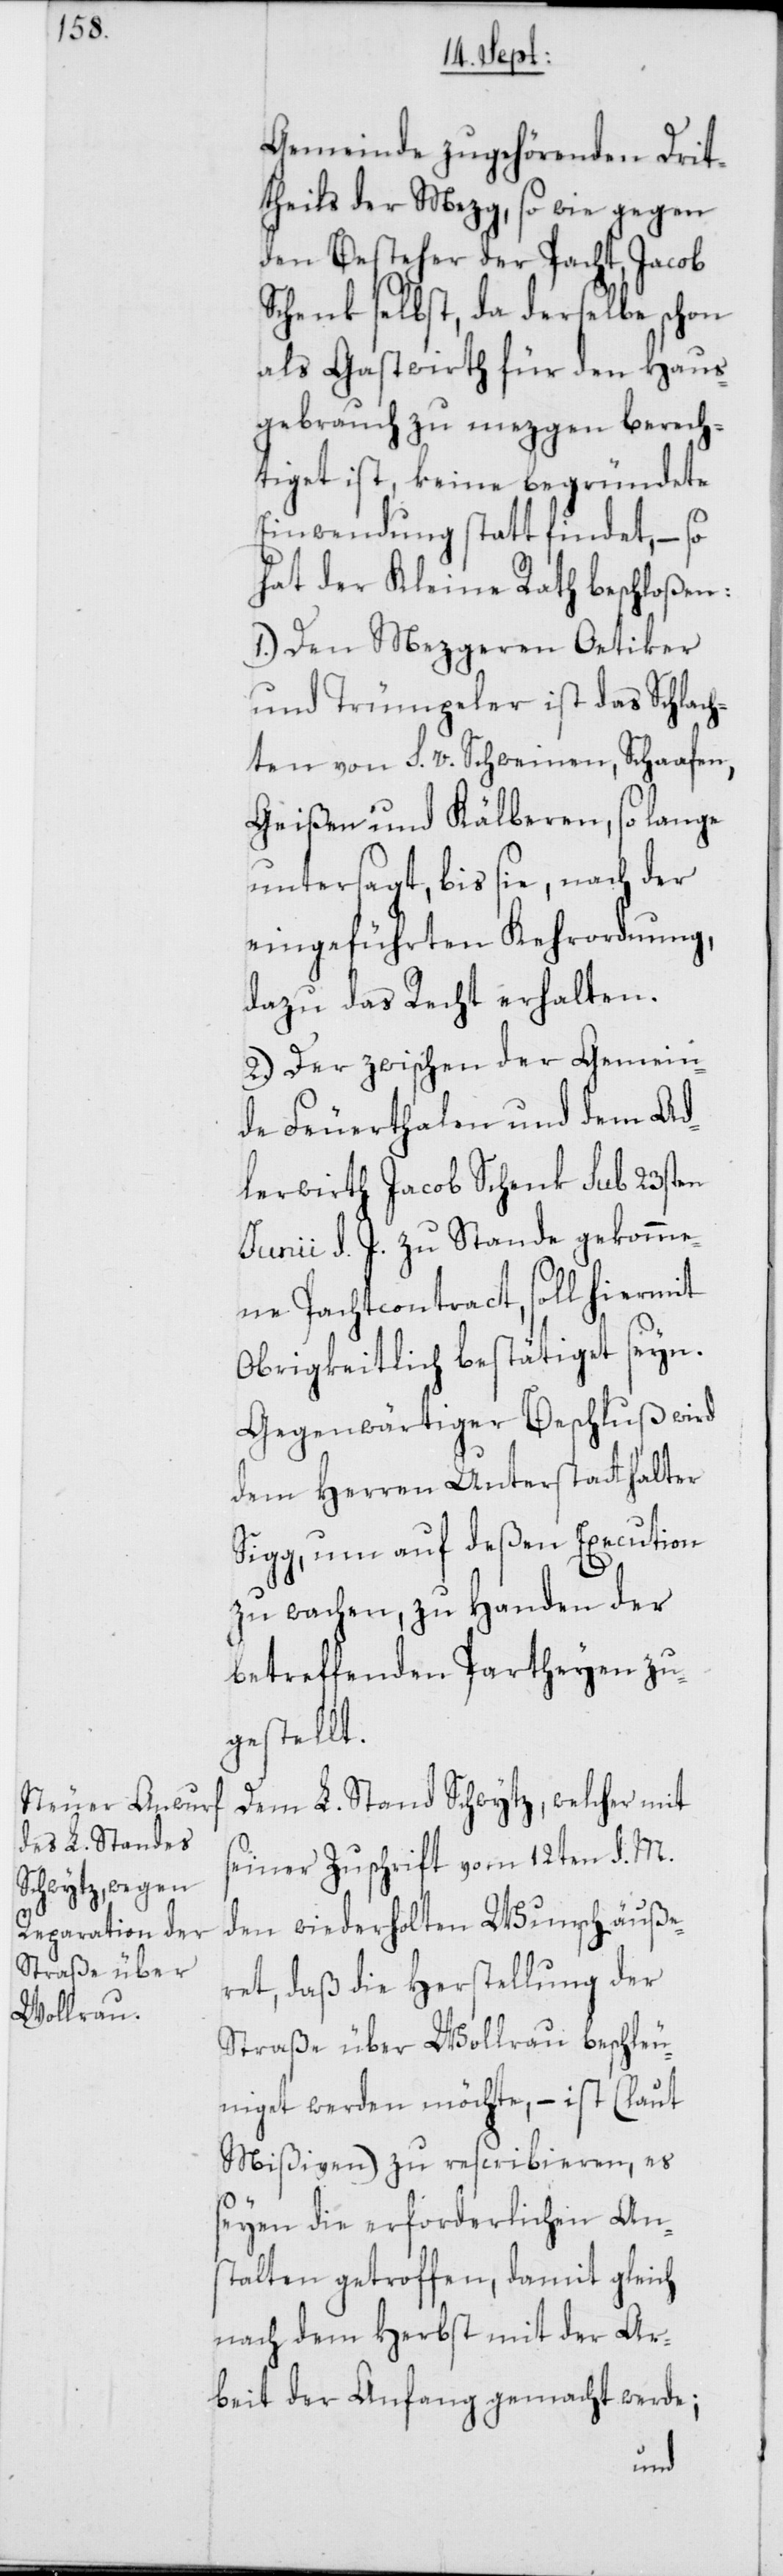
Gemeinde zugehörenden Drit¬
theils der Mezg, so wie gegen
den Besteher der Pacht, Jacob
Schenk selbst, da derselbe schon
als Gastwirth für den Haus¬
gebrauch zu mezgen berech¬
tiget ist, keine begründete
Einwendung statt findet, – so
hat der Kleine Rath beschloßen:
1.) Den Mezgeren Oetiker
und Trümpeler ist das Schlach¬
ten von s. v. Schweinen, Schaafen,
Geißen und Kälberen, so lange
untersagt, bis sie, nach der
eingeführten Kehrordnung,
dazu das Recht erhalten.
2.) Der zwischen der Gemein¬
de Feuerthalen und dem Ad¬
lerwirth Jacob Schenk sub 23sten
Junii d. J. zu Stande gekomme¬
ne Pachtcontract, soll hiermit
Obrigkeitlich bestätiget seyn.
Gegenwärtiger Beschluß wird
dem Herren Unterstatthalter
Sigg, um auf deßen Execution
zu wachen, zu Handen der
betreffenden Partheyen zu¬
gestellt.
Dem L. Stand Schwytz, welcher mit
seiner Zuschrift vom 12ten d. M.
den wiederholten Wunsch äuße¬
ret, daß die Herstellung der
Straße über Wollrau beschleu¬
niget werden möchte, – ist (laut
Mißiven) zu rescribieren, es
seyen die erforderlichen An¬
stalten getroffen, damit gleich
nach dem Herbst mit der Ar¬
beit der Anfang gemacht werde;